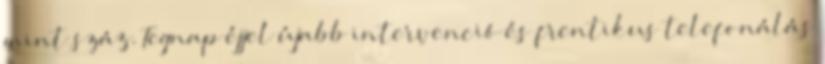
mint száz. Tegnap éjjel újabb intervenció és frentikus telefonálás